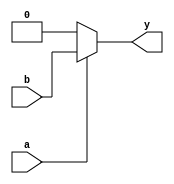
`timescale 1ns / 1ps
module muxand(a,b,y);
input a,b;
output reg y;
always@(a,b)
begin
if(a==0)
    y=0;
else 
    y=b;
end 
endmodule